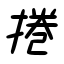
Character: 捲